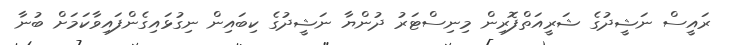
ރައީސް ނަޝީދުގެ ޝަރީއަތްފޮރިން މިނިސްޓަރު ދުންޔާ ނަޝީދުގެ ކިބައިން ނިގުޅައިގެންފައިވާކަމަށް ބުނާ